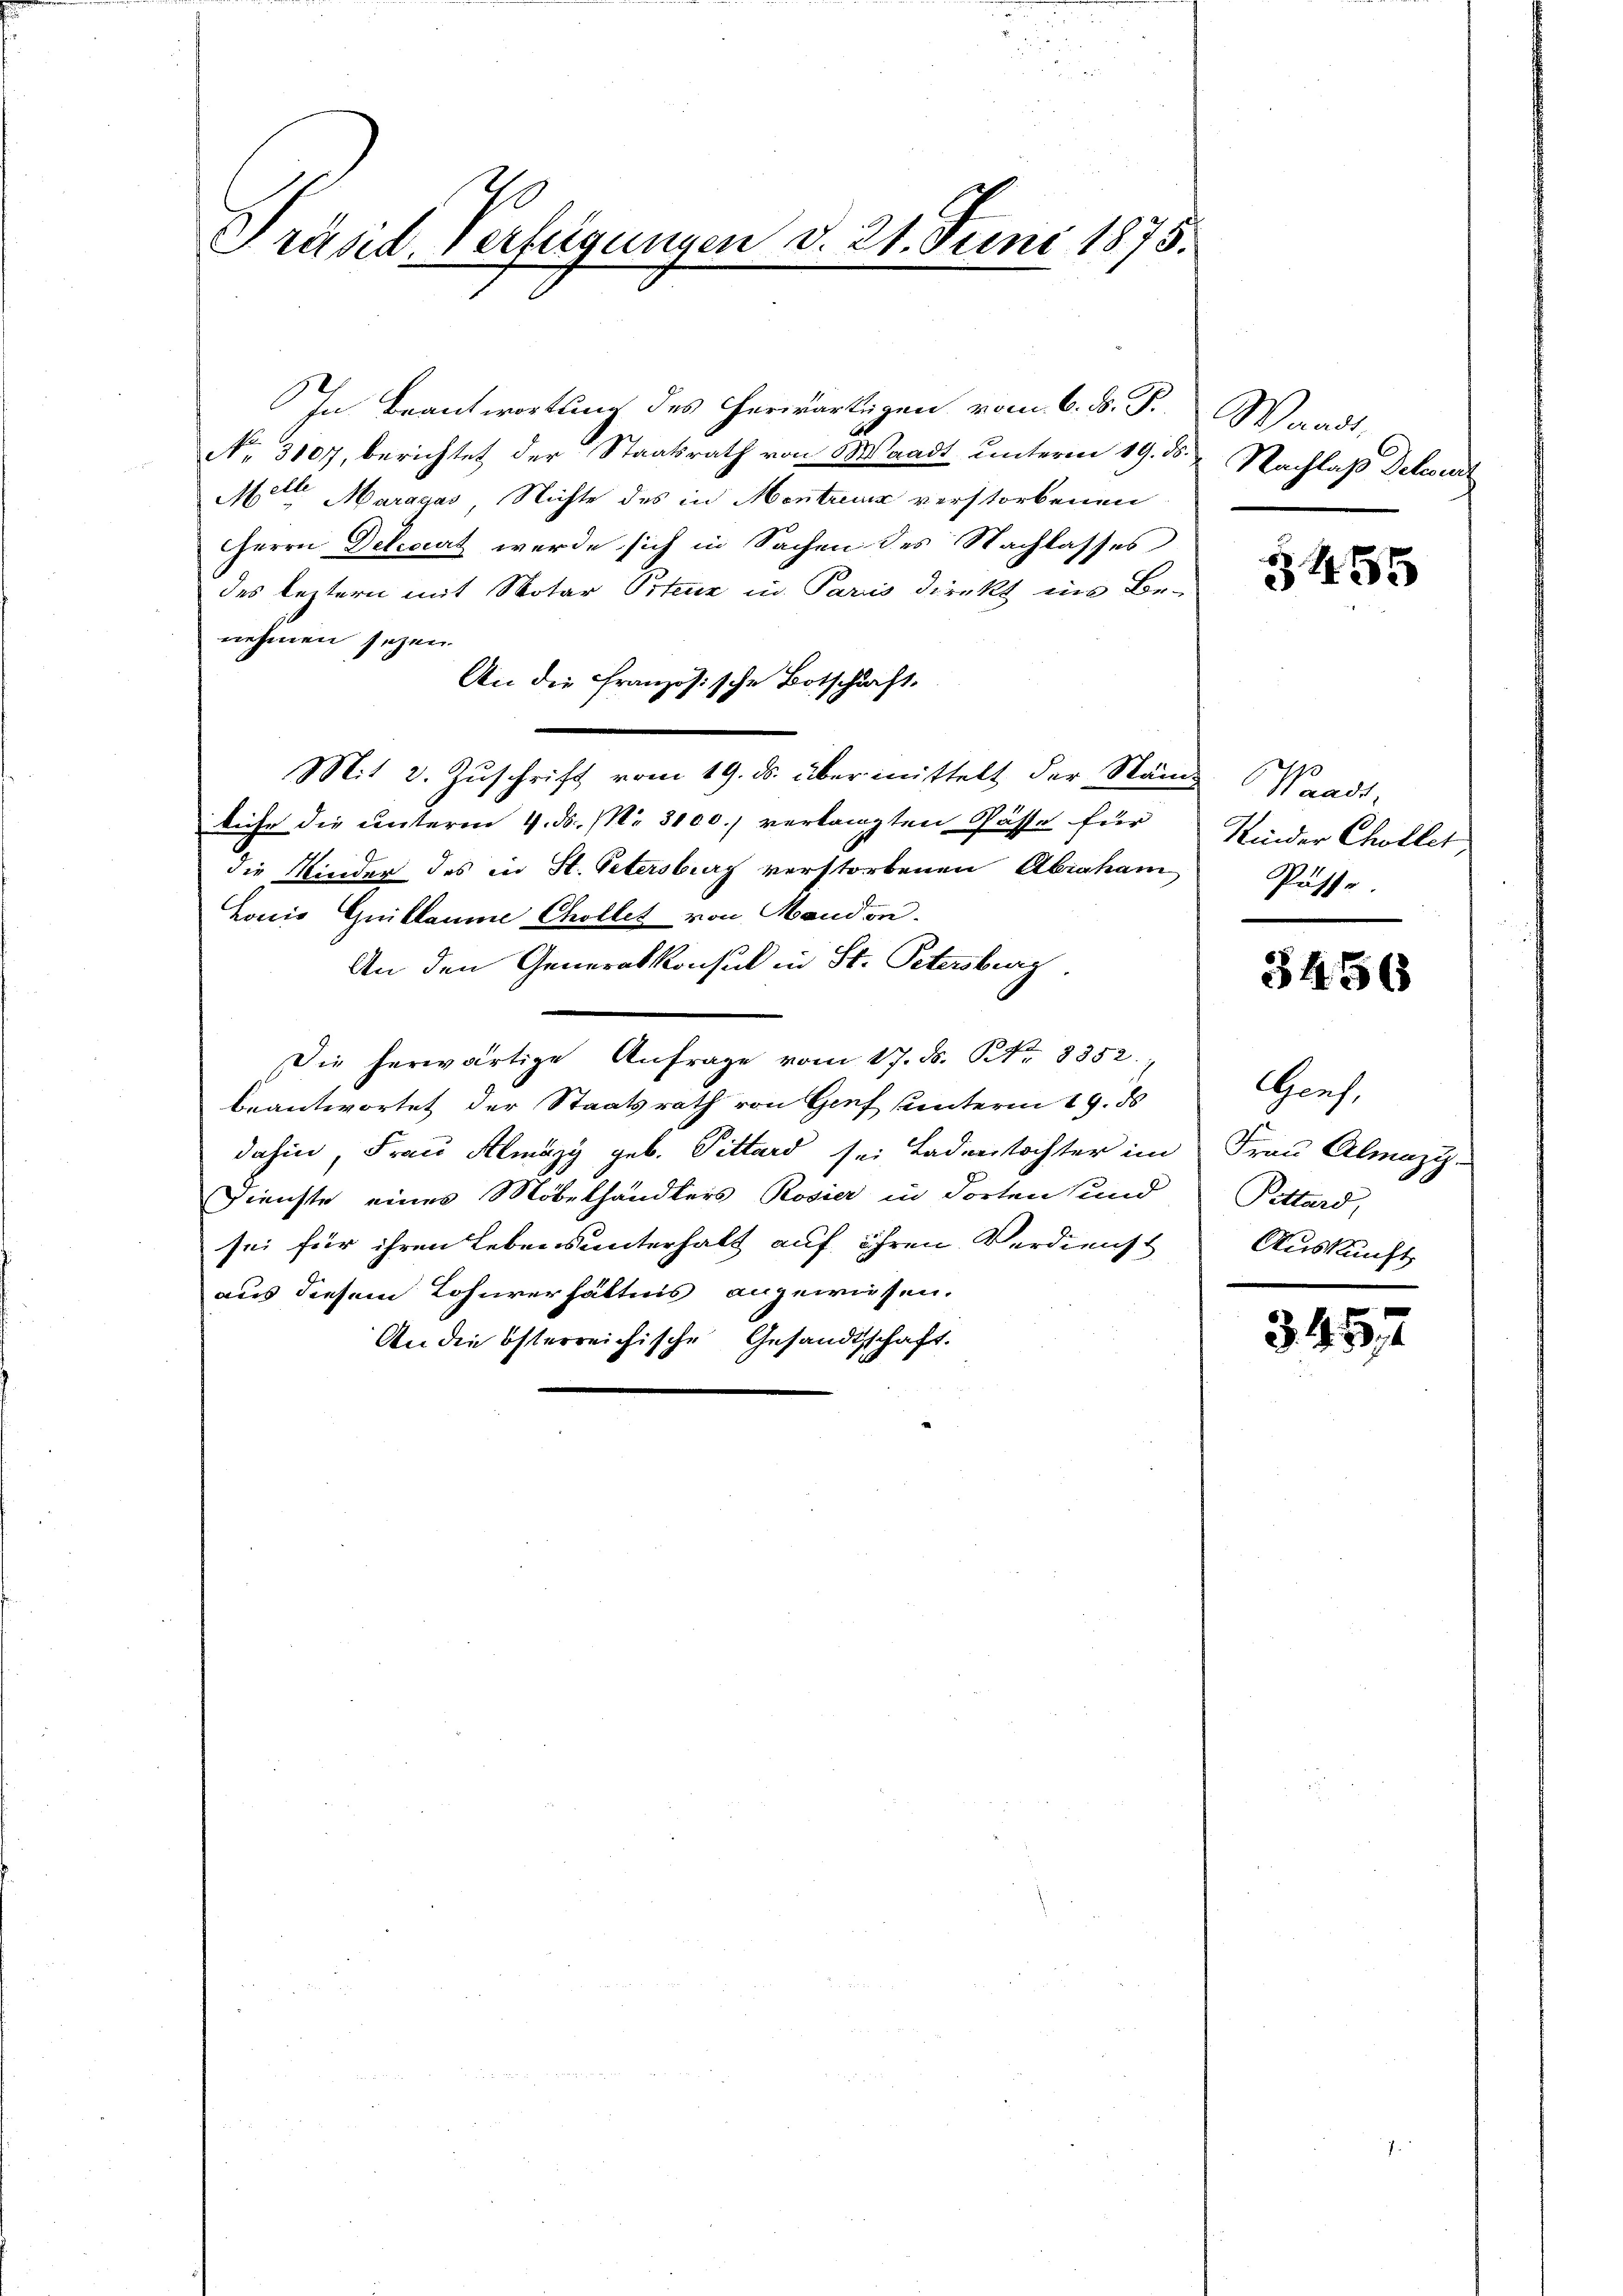
Träsid. Verfügungen d. 21. Juni 1875.

In Beantwortung des herwärtigen vom 6. d. J.
No. 3107, berichtet der Staatsrath von Waadt unterm 19. ds.
Mette Marggas Nichte des in Montreu verstorbenen
HHerrn Delart werde sich in Sachen des Nachlasses
des leztern mit Notar Ostenz in Paris Direkt ins Be-
nehmen seyen.
An die Französische Botschaft.
Mit 2. Zuschrift vom 19. ds. übermittelt der Stäm-
liehe die unterm 4. ds. (Nr. 3100.) verlangten Pässe für
die Kinder des in St. Petersburg verstorbenen Abraham
Lois Guillaume Chollet von Mandon.
An den Generalkonsul in St. Petersburg,
Die herwärtige Anfrage vom 17. ds. Nr. 8352.
beantwortet der Staatsrath von Genf unterm 19. ds
dahin, Frau Almäzy geb. Pittard sei Ladenstochter im
Dienste eines Möbelhändlers Rosier in dorten und
sei für ihren Lebensunterhalt auf ihren Verdienst
aus diesem Lohnverhältnis angewiesen.
An die österreichische Gesandtschaft.

Waadt,
Nachlaß Deleut

3455

Waadt,
Kinder Chollet
Püsse.

3456

Genf,
Frau Almazi
Pettard,
Auskunft

3457